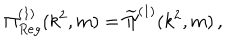
\Pi _ { R e g } ^ { ( 1 ) } ( k ^ { 2 } , m ) = \widetilde { \Pi } ^ { ( 1 ) } ( k ^ { 2 } , m ) \, ,